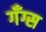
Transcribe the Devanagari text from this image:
गँग्स